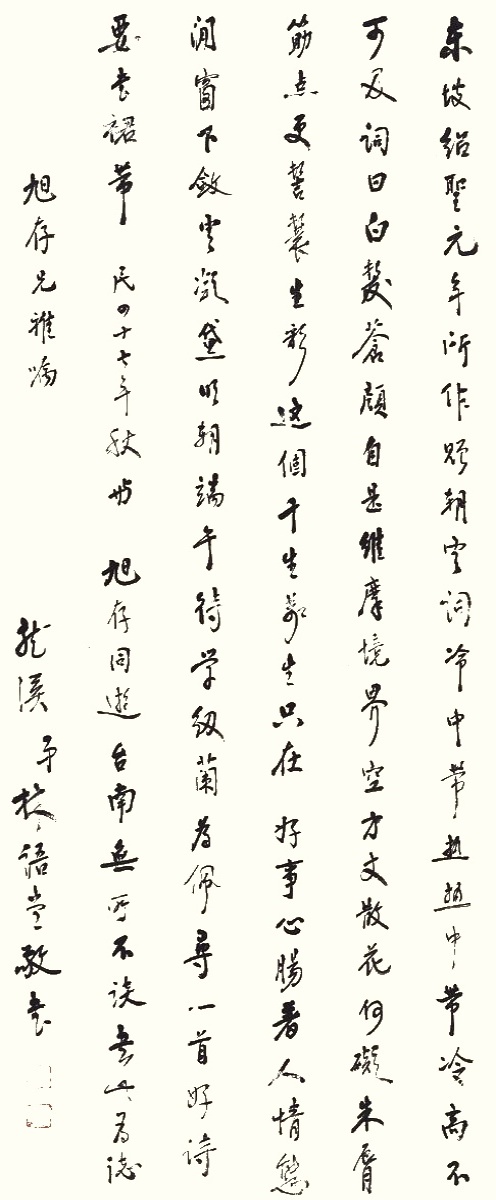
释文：东坡绍圣元年所作赠朝堂词，冷中带热，热中带冷，高不可及，词曰，白发苍颜，自是维摩境界，空方丈，散花何碍。朱唇筋点，更髻鬟生彩。这个，千生万生只在。好事心肠，着人情态。闲窗下，敛云凝黛。明朝端午，待学纫兰为佩。寻一首好诗，要书裙带。民四十七年秋与旭存同游台南，无所不谈，书此为志，旭存兄雅嘱。龙溪弟林语堂敬书。